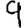
Digit: 9